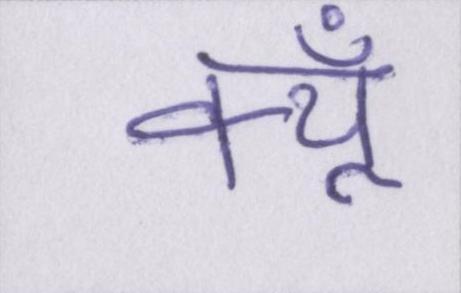
क्यूँ